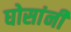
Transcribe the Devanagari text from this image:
घोसांनी